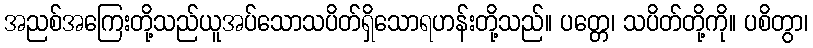
အညစ်အကြေးတို့သည်ယူအပ်သောသပိတ်ရှိသောရဟန်းတို့သည်။ ပတ္တေ၊ သပိတ်တို့ကို။ ပစိတွာ၊